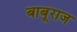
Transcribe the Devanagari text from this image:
बाबूराज